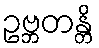
ဥဗ္ဘတန္တိ